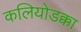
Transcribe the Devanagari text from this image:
कलियोडक्का